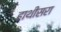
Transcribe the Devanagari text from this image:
हाथीसरा